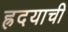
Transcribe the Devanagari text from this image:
ह्रदयाची